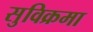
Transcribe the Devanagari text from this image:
सुविक्रमा